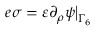
e \sigma = \varepsilon \partial _ { \rho } \psi \big | _ { \Gamma _ { 6 } }